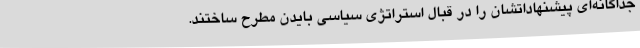
جداگانه‌ای پیشنهاداتشان را در قبال استراتژی سیاسی بایدن مطرح ساختند.